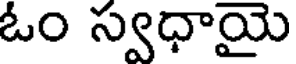
ఓం స్వధాయై